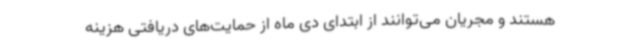
هستند و مجریان می‌توانند از ابتدای دی ماه از حمایت‌های دریافتی هزینه